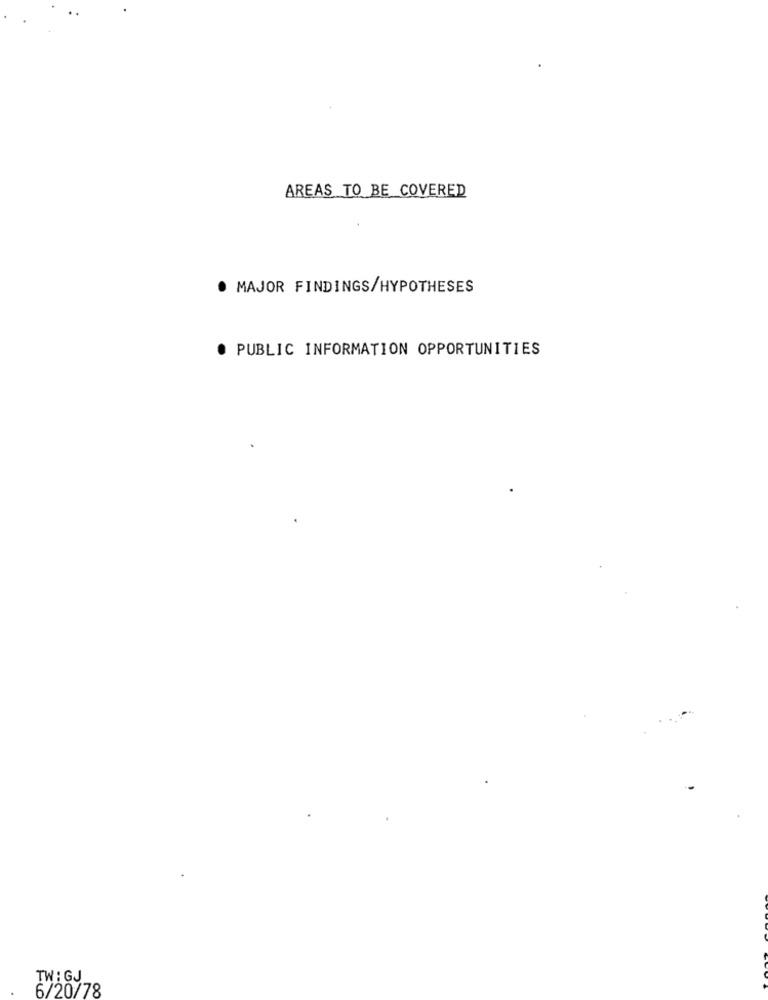
AREAS TO BE COVERED
. MAJOR FINDINGS/HYPOTHESES
· PUBLIC INFORMATION OPPORTUNITIES
TWIGJ
6/20/78